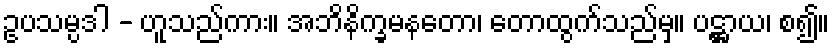
ဥပသမ္ပဒါ - ဟူသည်ကား။ အဘိနိက္ခမနတော၊ တောထွက်သည်မှ။ ပဋ္ဌာယ၊ စ၍။